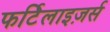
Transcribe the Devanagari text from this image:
फर्टिलाइज़र्स